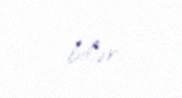
bilər.